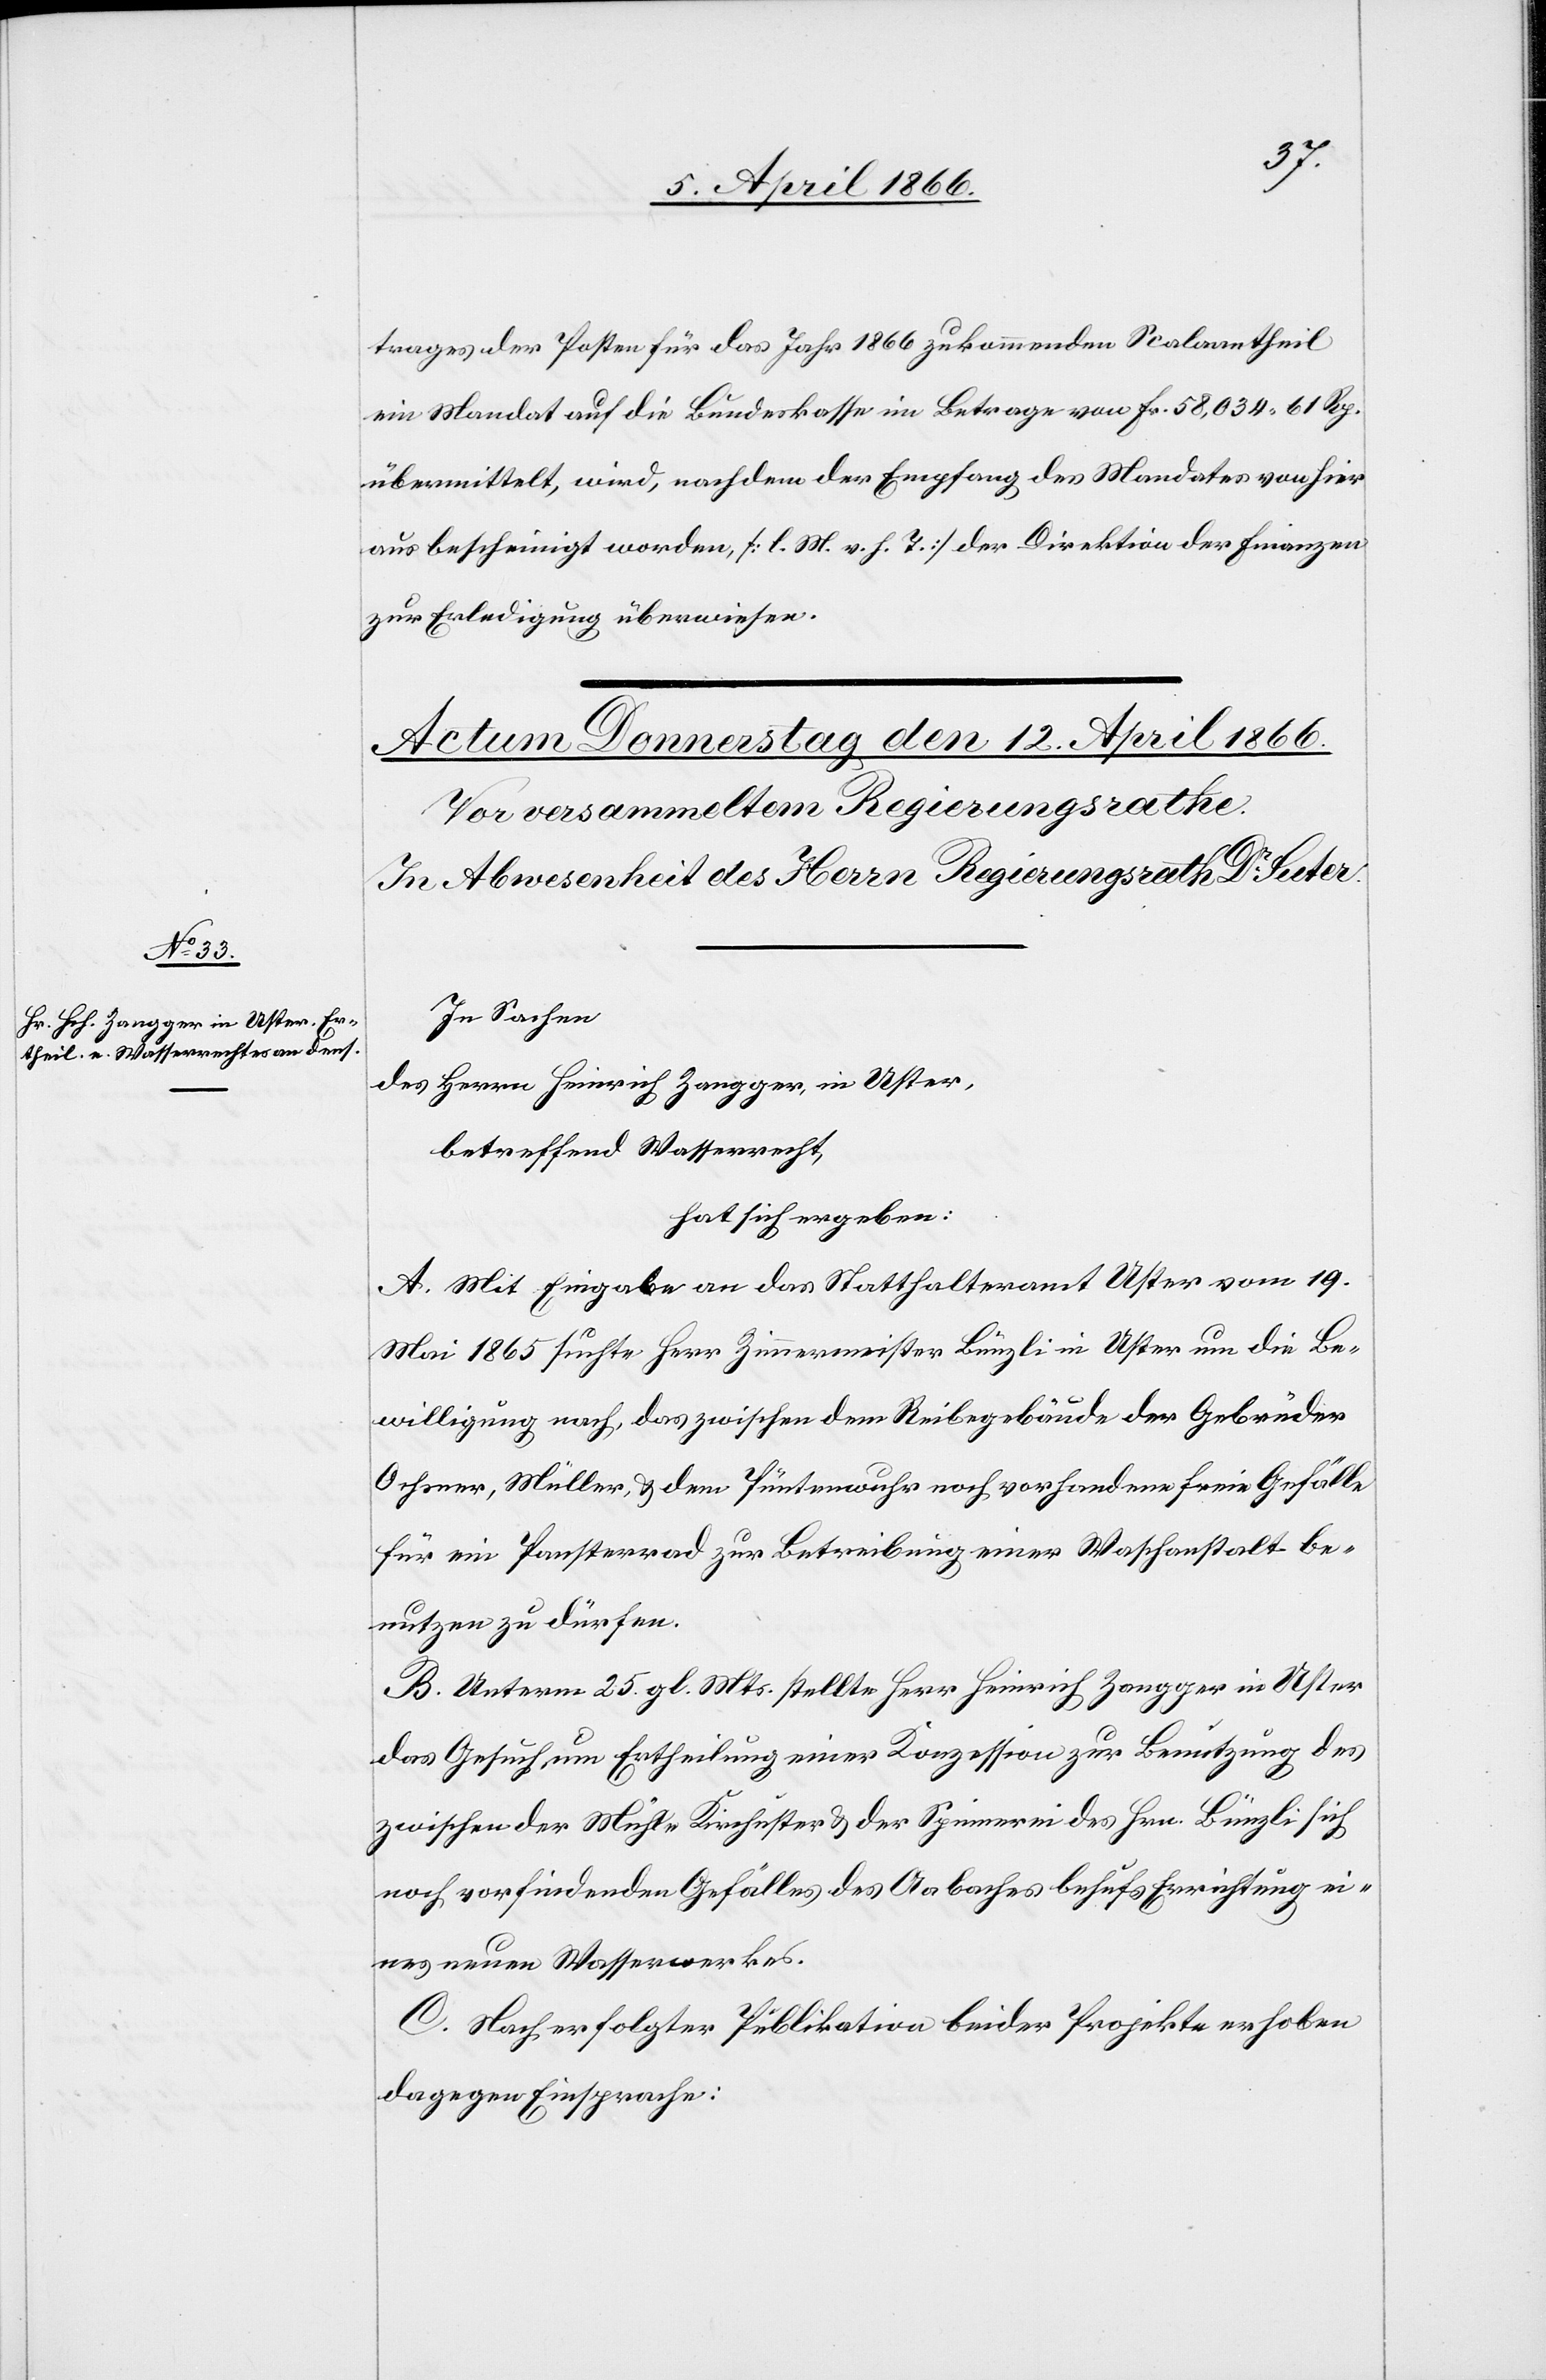
trages der Posten für das Jahr 1866 zukommenden Scalarantheil
ein Mandat auf die Bundeskasse im Betrage von Fr. 58 034.61 Rp.
übermittelt, wird, nachdem der Empfang des Mandates von hier
aus bescheinigt worden, [l. M. v. h. T.] der Direktion der Finanzen
zur Erledigung überwiesen.
In Sachen
des Herrn Heinrich Zangger in Uster,
betreffend Wasserrecht
hat sich ergeben:
A. Mit Eingabe an das Statthalteramt Uster vom 19.
Mai 1865 suchte Herr Zimmermeister Bünzli in Uster um die Be¬
willigung nach, das zwischen dem Reibegebäude der Gebrüder
Ochsner, Müller, u. dem Püntenwuhr noch vorhandene Gefälle
für ein Pansterrad zur Betreibung einer Waschanstalt be¬
nutzen zu dürfen.
B. Unterm 25. gl. Mts. stellte Herr Heinrich Zangger in Uster
das Gesuch um Ertheilung einer Konzession zur Benutzung des
zwischen der Mühle Kirchuster u. der Spinnerei des Hrn. Bünzli sich
noch vorfindenden Gefälles des Aabaches behufs Errichtung ei¬
nes neuen Wasserwerkes.
C. Nach erfolgter Publikation beider Projekte erhoben
dagegen Einsprache: